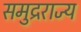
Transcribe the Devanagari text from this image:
समुद्रराज्य